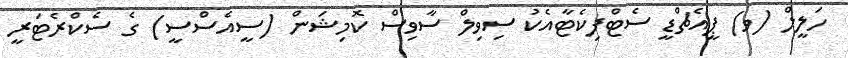
ހަލީލް (ވ) ޕީއެޗްޑީ ސެޓްފިކެޓާއެކު ސިވިލް ސާވިސް ކޮމިޝަން (ސީއެސްސީ) ގެ ސެކްރެޓަރީ